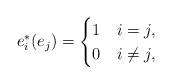
LaTeX: \begin{align*}e^*_i(e_j) =\begin{cases}1 & i = j,\\0 & i \ne j,\end{cases}\end{align*}